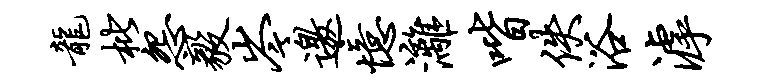
龙枇怨毅岑邀忆漓喈佚浴滹